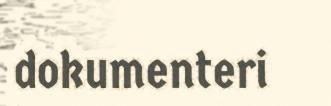
dokumenteri